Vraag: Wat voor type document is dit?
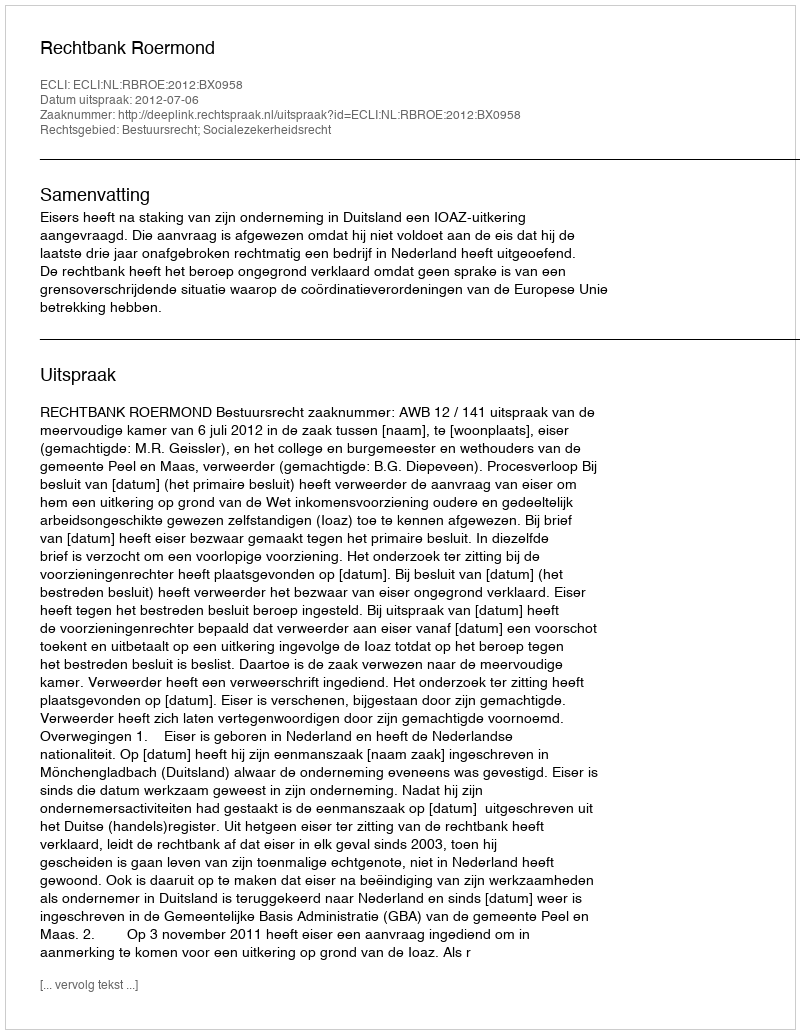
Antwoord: Uitspraak